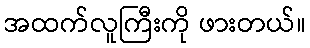
အထက်လူကြီးကို ဖားတယ်။